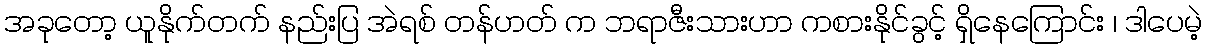
အခုတော့ ယူနိုက်တက် နည်းပြ အဲရစ် တန်ဟတ် က ဘရာဇီးသားဟာ ကစားနိုင်ခွင့် ရှိနေကြောင်း ၊ ဒါပေမဲ့